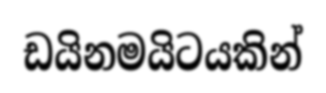
ඩයිනමයිටයකින්